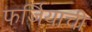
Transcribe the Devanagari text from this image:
फर्जियाची